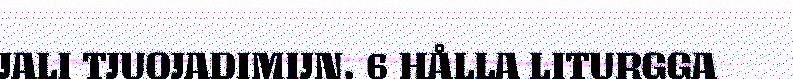
JALI TJUOJADIMIJN. 6 HÅLLA LITURGGA